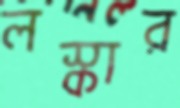
লস্কার